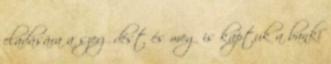
eladására a szerződést és meg is kaptuk a banki